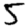
Digit: 5